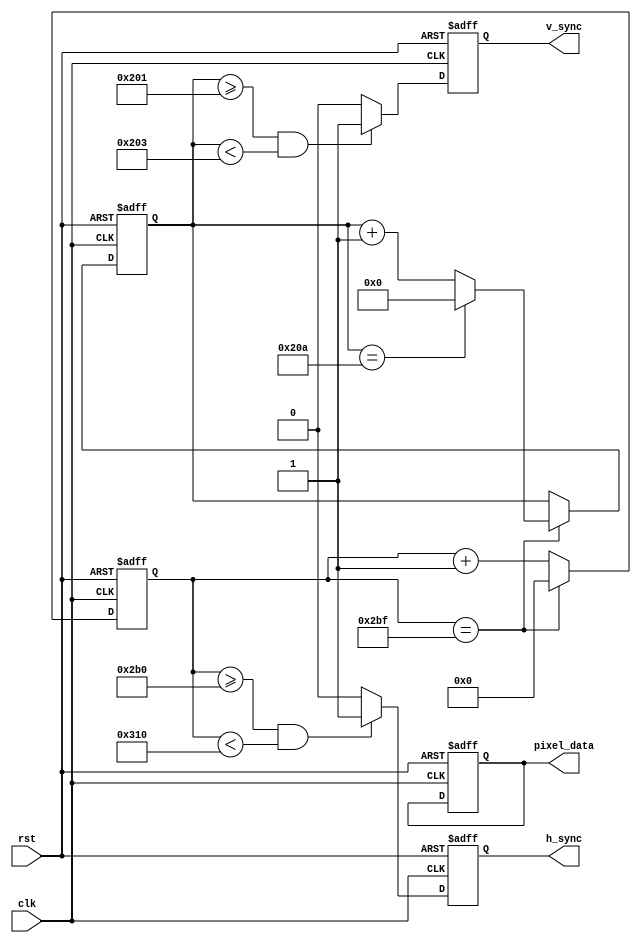
module vga_controller (
    input clk,
    input rst,
    output reg h_sync,
    output reg v_sync,
    output reg [7:0] pixel_data
);

reg [10:0] h_counter;
reg [9:0] v_counter;

parameter H_SYNC_WIDTH = 96;
parameter H_SYNC_BACK_PORCH = 48;
parameter H_SYNC_FRONT_PORCH = 16;
parameter V_SYNC_WIDTH = 2;
parameter V_SYNC_BACK_PORCH = 33;
parameter V_SYNC_FRONT_PORCH = 10;
parameter H_RES = 640;
parameter V_RES = 480;

always @(posedge clk or posedge rst) begin
    if (rst) begin
        h_counter <= 0;
        v_counter <= 0;
        h_sync <= 0;
        v_sync <= 0;
        pixel_data <= 0;
    end else begin
        if (h_counter == H_RES + H_SYNC_BACK_PORCH + H_SYNC_FRONT_PORCH - 1) begin
            h_counter <= 0;
            if (v_counter == V_RES + V_SYNC_BACK_PORCH + V_SYNC_FRONT_PORCH - 1) begin
                v_counter <= 0;
            end else begin
                v_counter <= v_counter + 1;
            end
        end else begin
            h_counter <= h_counter + 1;
        end

        // Horizontal synchronization
        if (h_counter >= H_RES + H_SYNC_BACK_PORCH && h_counter < H_RES + H_SYNC_BACK_PORCH + H_SYNC_WIDTH) begin
            h_sync <= 1;
        end else begin
            h_sync <= 0;
        end

        // Vertical synchronization
        if (v_counter >= V_RES + V_SYNC_BACK_PORCH && v_counter < V_RES + V_SYNC_BACK_PORCH + V_SYNC_WIDTH) begin
            v_sync <= 1;
        end else begin
            v_sync <= 0;
        end
    end
end

always @(*) begin
    // Generate pixel data based on horizontal and vertical counters
    pixel_data <= {h_counter[7:0], v_counter[7:0]};
end

endmodule